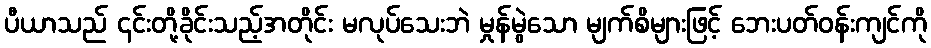
ပီယာသည် ၎င်းတို့ခိုင်းသည့်အတိုင်း မလုပ်သေးဘဲ မှုန်မွဲသော မျက်စိများဖြင့် ဘေးပတ်ဝန်းကျင်ကို